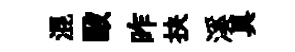
混毆昨抉溪具